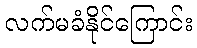
လက်မခံနိုင်ကြောင်း